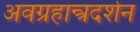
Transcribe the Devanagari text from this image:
अवग्रहान्त्रदर्शन